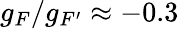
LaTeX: g_{F}/g_{F^{\prime}}\approx-0.3